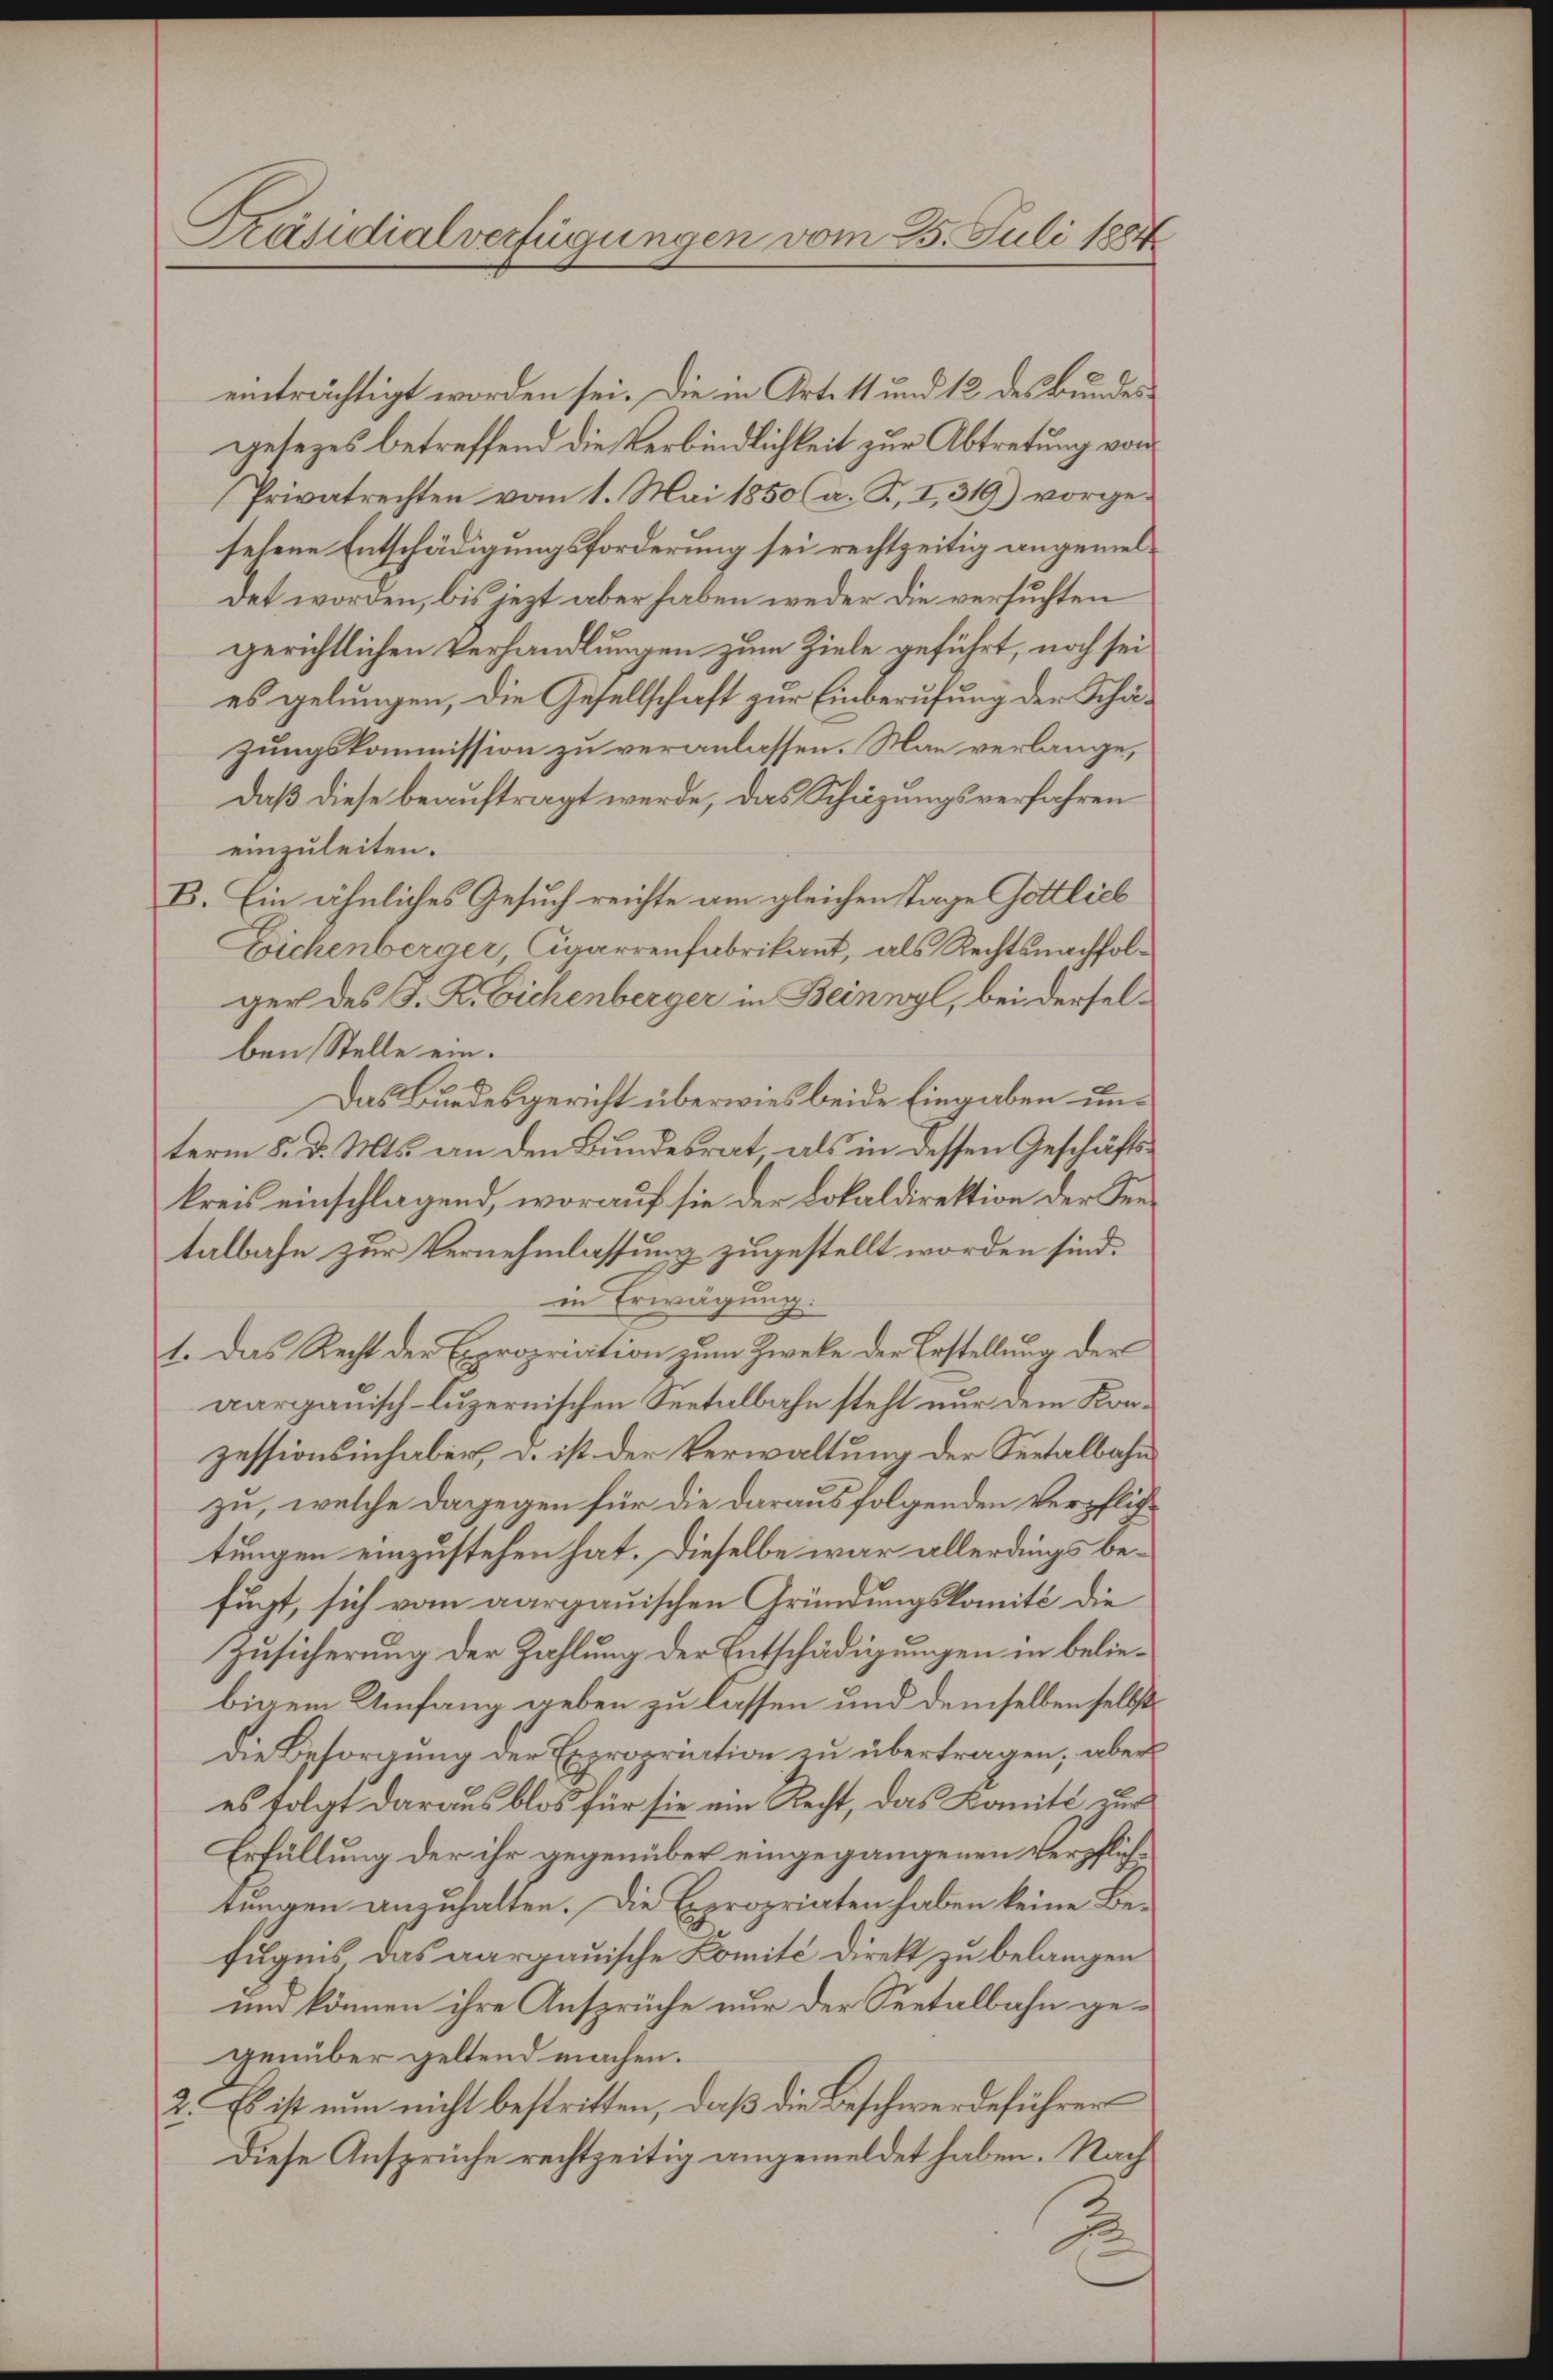
Präsidialverfügungen vom 25. Juli 1884

einträchtigt worden sei. Die in Art. 11 und 12 des Bundes
gesezes betreffend die Verbindlichkeit zur Abtretung von
Privatrechten vom 1. Mai 1850 (a. R. I., 319) vorgesehene Entschädigungsforderung sei rechtzeitig angemeldet worden, bis jezt aber haben weder die versuchten
gerichtlichen Verhandlungen zum Ziele geführt, noch sei
es gelungen, die Gesellschaft zur Einberufung der Schäzungskommission zu veranlassen. Man verlange,
daß diese beauftragt werde, das Schüzungsverfahren
einzuleiten.
B. Ein ähnliches Gesuch reichte am gleichen Tage Gottlich
Eichenberger, Cigarrenfabrikant, als Rechtsnachfolger des J. R. Eichenberger in Beinwyl, bei derselben Stelle ein.
Das Bundesgericht überwies beide Eingaben unterm 8. d. Mts. an den Bundesrat, als in dessen Geschäftskreis einschlagend, worauf sie der Lokaldirektion der Seetalbahn zur Vernehmlassung zugestellt worden sind.
in Erwägung.
1. Das Recht der Expropriation zum Zwecke der Erstellung der
aargauisch-luzernischen Seetalbahn steht nur dem Konzessionsinhaber, d. ist der Verwaltung der Seetalbahn
zu, welche dagegen für die daraus folgenden Verpflictungen einzustehen hat. Dieselbe war allerdings befugt, sich vom aargauischen Gründungskomité die
Zusicherung der Zahlung der Entschädigungen in beliebigem Umfang geben zu lassen und demselben selbst
die Besorgung der Expropriation zu übertragen; aber
es folgt daraus blos für sie ein Recht, das Komité zur
Erfüllung der ihr gegenüber eingegangenen Verpflichtungen anzuhalten. Die Expropriaten haben keine Befugnis das aargauische Komité direkt zu belangen
und können ihre Ansprüche nur der Seetalbahn gegenüber geltend machen.
2. Es ist nun nicht bestritten, daß die Beschwerdeführer
Diese Ansprüche rechtzeitig angemeldet haben. Nach